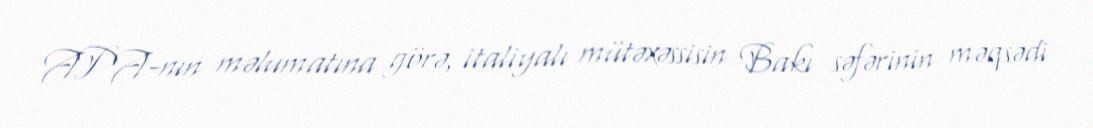
APA-nın məlumatına görə, italiyalı mütəxəssisin Bakı səfərinin məqsədi